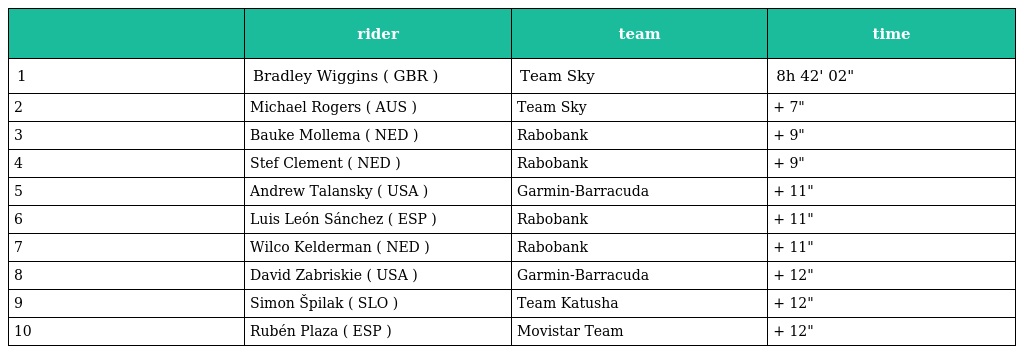
|  | rider | team | time |
 | --- | --- | --- | --- |
 | 1 | Bradley Wiggins ( GBR ) | Team Sky | 8h 42' 02" |
 | 2 | Michael Rogers ( AUS ) | Team Sky | + 7" |
 | 3 | Bauke Mollema ( NED ) | Rabobank | + 9" |
 | 4 | Stef Clement ( NED ) | Rabobank | + 9" |
 | 5 | Andrew Talansky ( USA ) | Garmin-Barracuda | + 11" |
 | 6 | Luis León Sánchez ( ESP ) | Rabobank | + 11" |
 | 7 | Wilco Kelderman ( NED ) | Rabobank | + 11" |
 | 8 | David Zabriskie ( USA ) | Garmin-Barracuda | + 12" |
 | 9 | Simon Špilak ( SLO ) | Team Katusha | + 12" |
 | 10 | Rubén Plaza ( ESP ) | Movistar Team | + 12" |